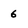
Character: 6